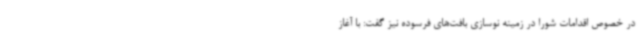
در خصوص اقدامات شورا در زمینه نوسازی بافت‌های فرسوده نیز گفت: با آغاز